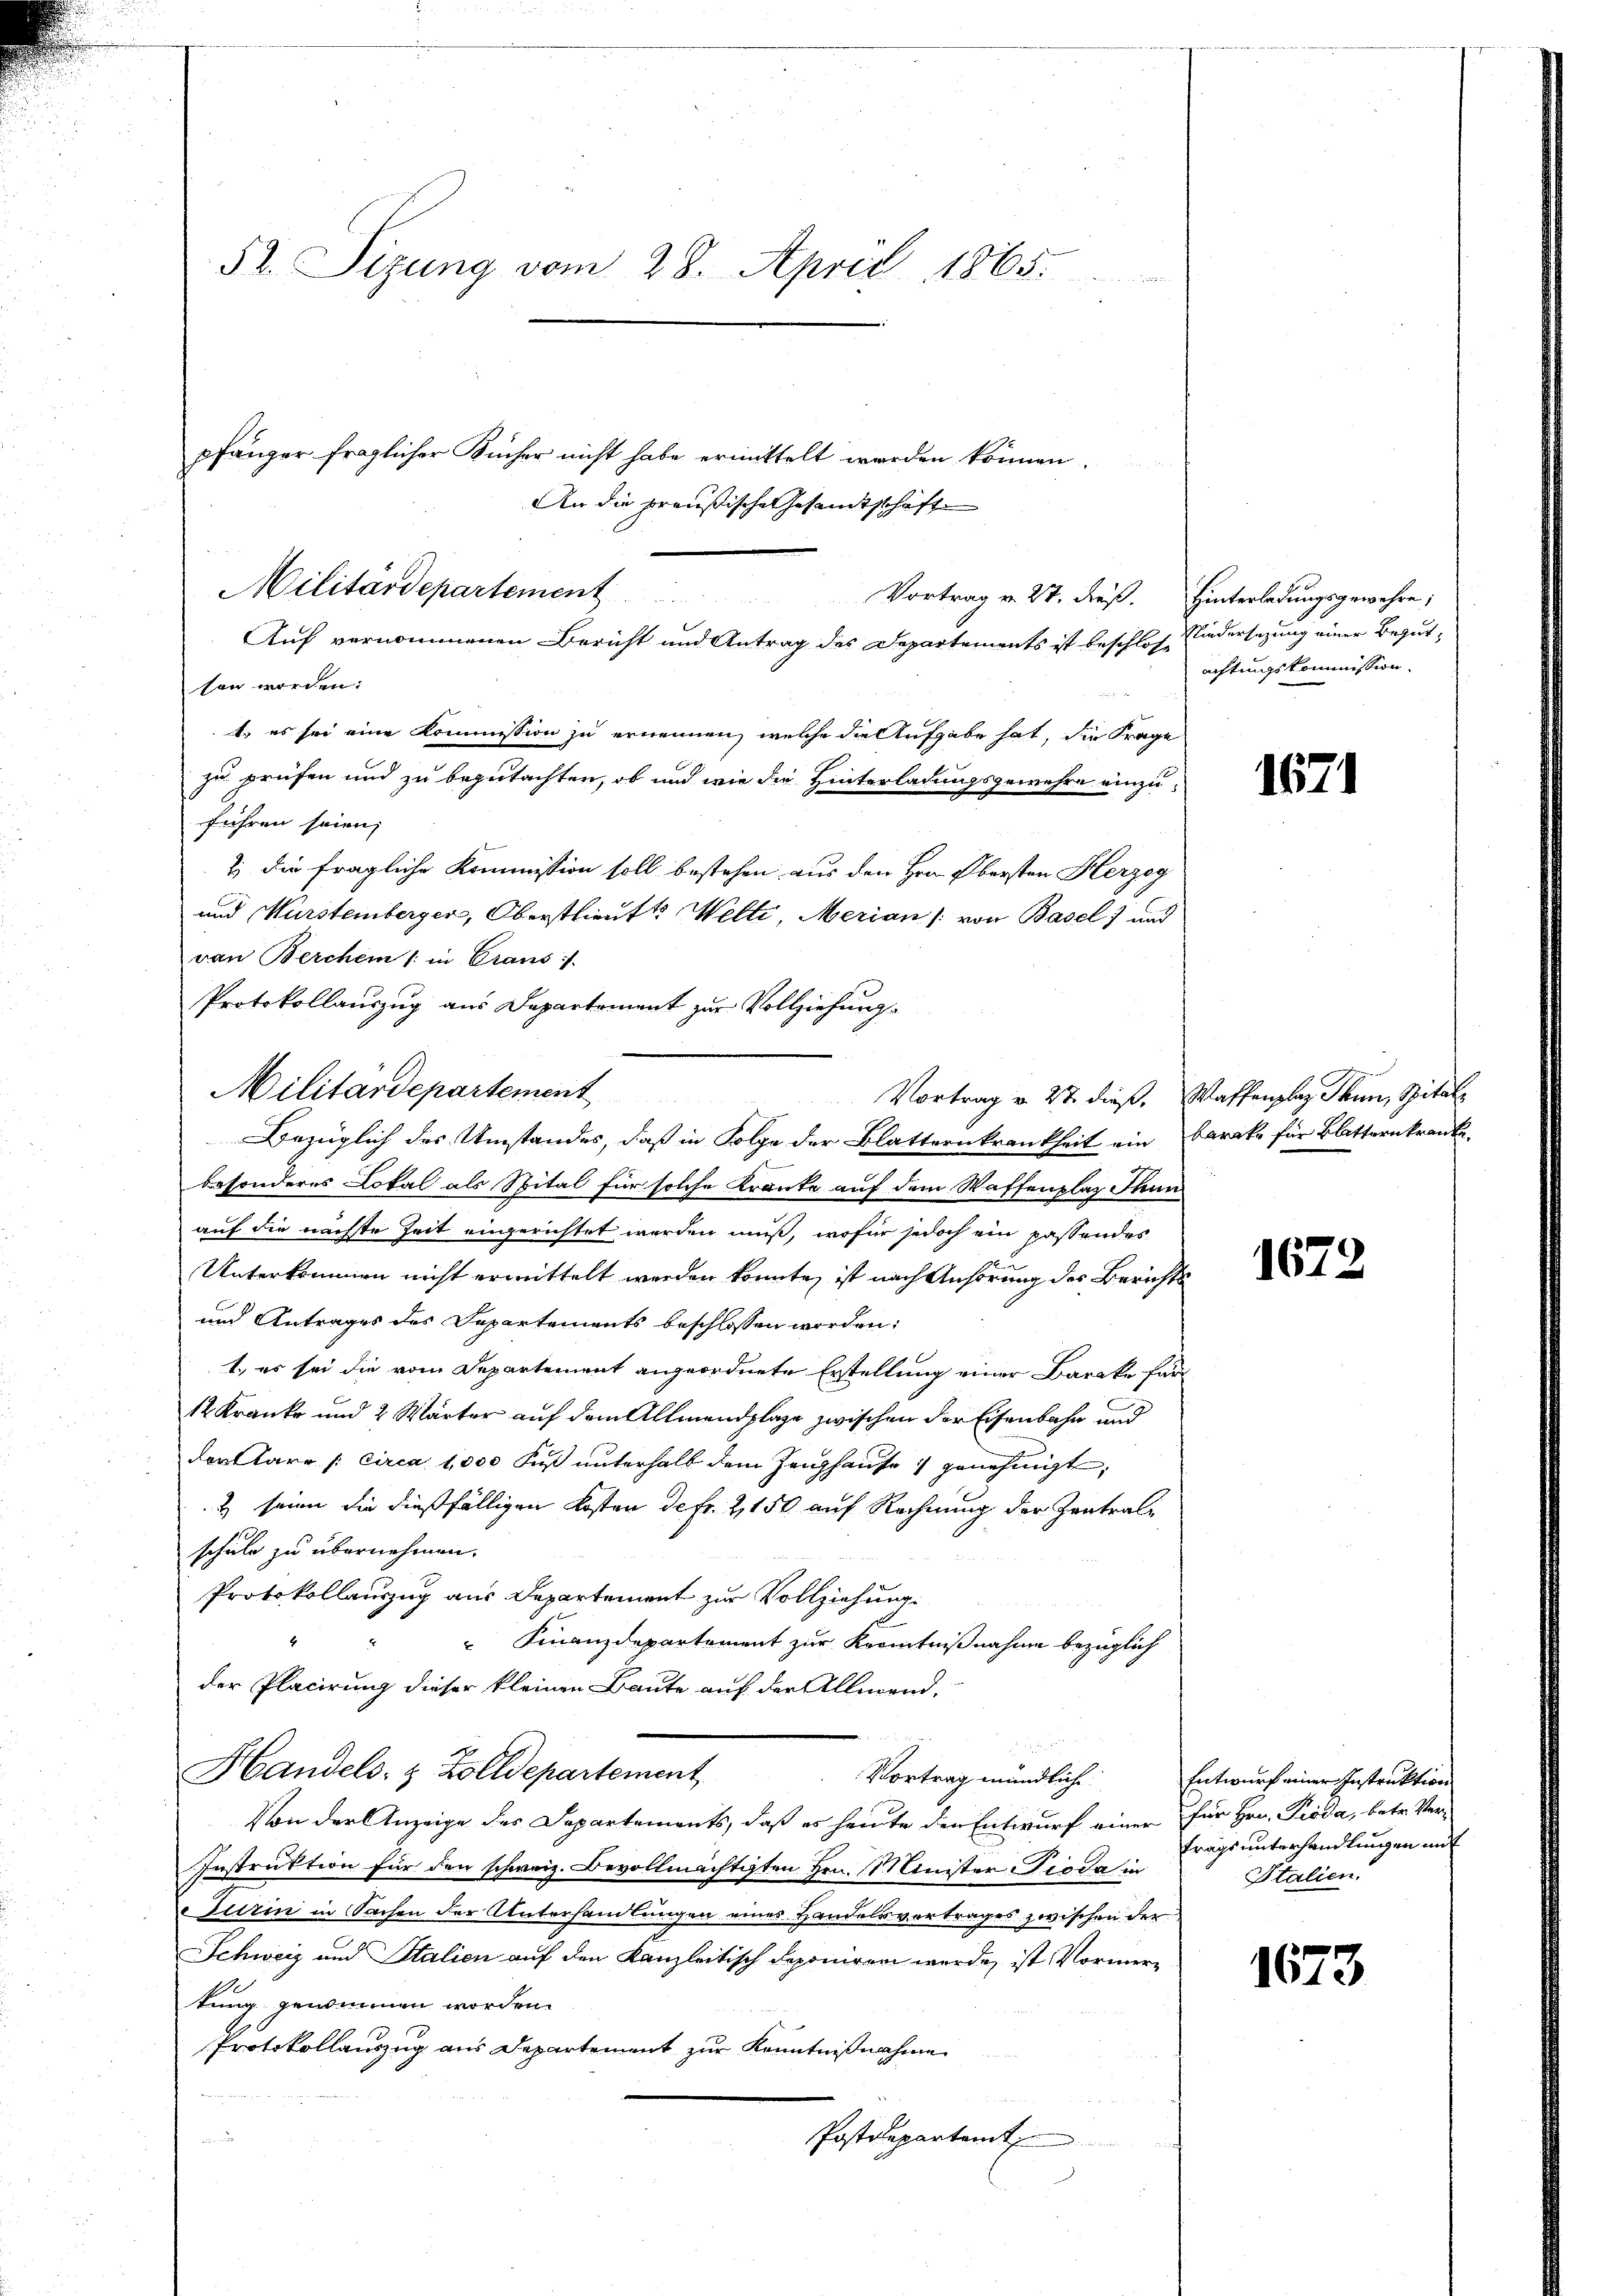
52. Sizung vom 28. April 1865.

Militärdepartement
Vortrag v. 27. Fuß.
Auf vernommenen Bericht und Antrag des Departements ist beschlosse

sen worden:

1. es sei eine Kommission zu ernennen, welche die Aufgabe hat, die Frage
zu prüfen und zu begutachten, ob und wie die Hinterladungsgewehre einzuführen seien,
7) Die fragliche Kommission soll bestehen aus den Hrn. Obersten Herzog
und Wurstemberger, Oberstlieutt Welti, Merian (von Basel und
besonderes Lokal als Spital für solche Kranke auf dem Waffenplaz Thun
auf die nächste Zeit eingerichtet werden muß, wofür jedoch ein passendes
Unterkommen nicht ermittelt werden könnte, ist nach Anhörung des Bericht
und Antrages des Departements beschlossen worden:
1., es sei die vom Departement angeordnete Erstellung einer Barake für
12 Kranke und 2 Wärter auf dem Allmendplage zwischen der Eisenbahn und
derare /: circa 1,000 Fuß unterhalb dem Zeughause genehmigt,
2 seine die dießfälligen Kosten de fr. 2,150 auf Rechnung der Zentralschule zu übernehmen.
Protokollauszug aus Departement zur Vollziehung.
 Finanzdepartement zur Kenntnißnahme bezüglich
der Placirung dieser kleinen Baute auf der Allmend
Handels- & Zolldepartement
Vortrag mündliche
Von der Anzeige des Departements, daß es heute der Entwurf einer für Hrn. Pioda, betr. Ver¬
Instruktion für den schweiz. Bevollmächtigten Hrn. Minister Pioda in
surin in Sachen der Unterhandlungen eines Handelsvertrages zwischen der
Schweiz und Stalien auf den Kanzleitisch deponiren werde, ist Vormertung genommen worden.
Protokollauszug aus Departement zur Kenntnißnahme
Postdepartamt

pfänger fraglicher Kücher nicht habe ermittelt werden können.
An die preußische Gesandtschäfte

von Berchen (: in Crans
Protokollauszug aus Departement zur Vollziehung.
Militärdepartement
Vortrag v. 27. dieß,
Bezüglich des Umstandes, daß in Folge der Blatternkrankheit ein

Hinterladungsgewehre;
Niedersezung einer Begutachtungskommission

u

1671

Waffenplaz Thun, Spital
barke für Blattern kranke

1672

Entwurf einer Instruktion
trags unterhandlungen mit
Italien.

1673